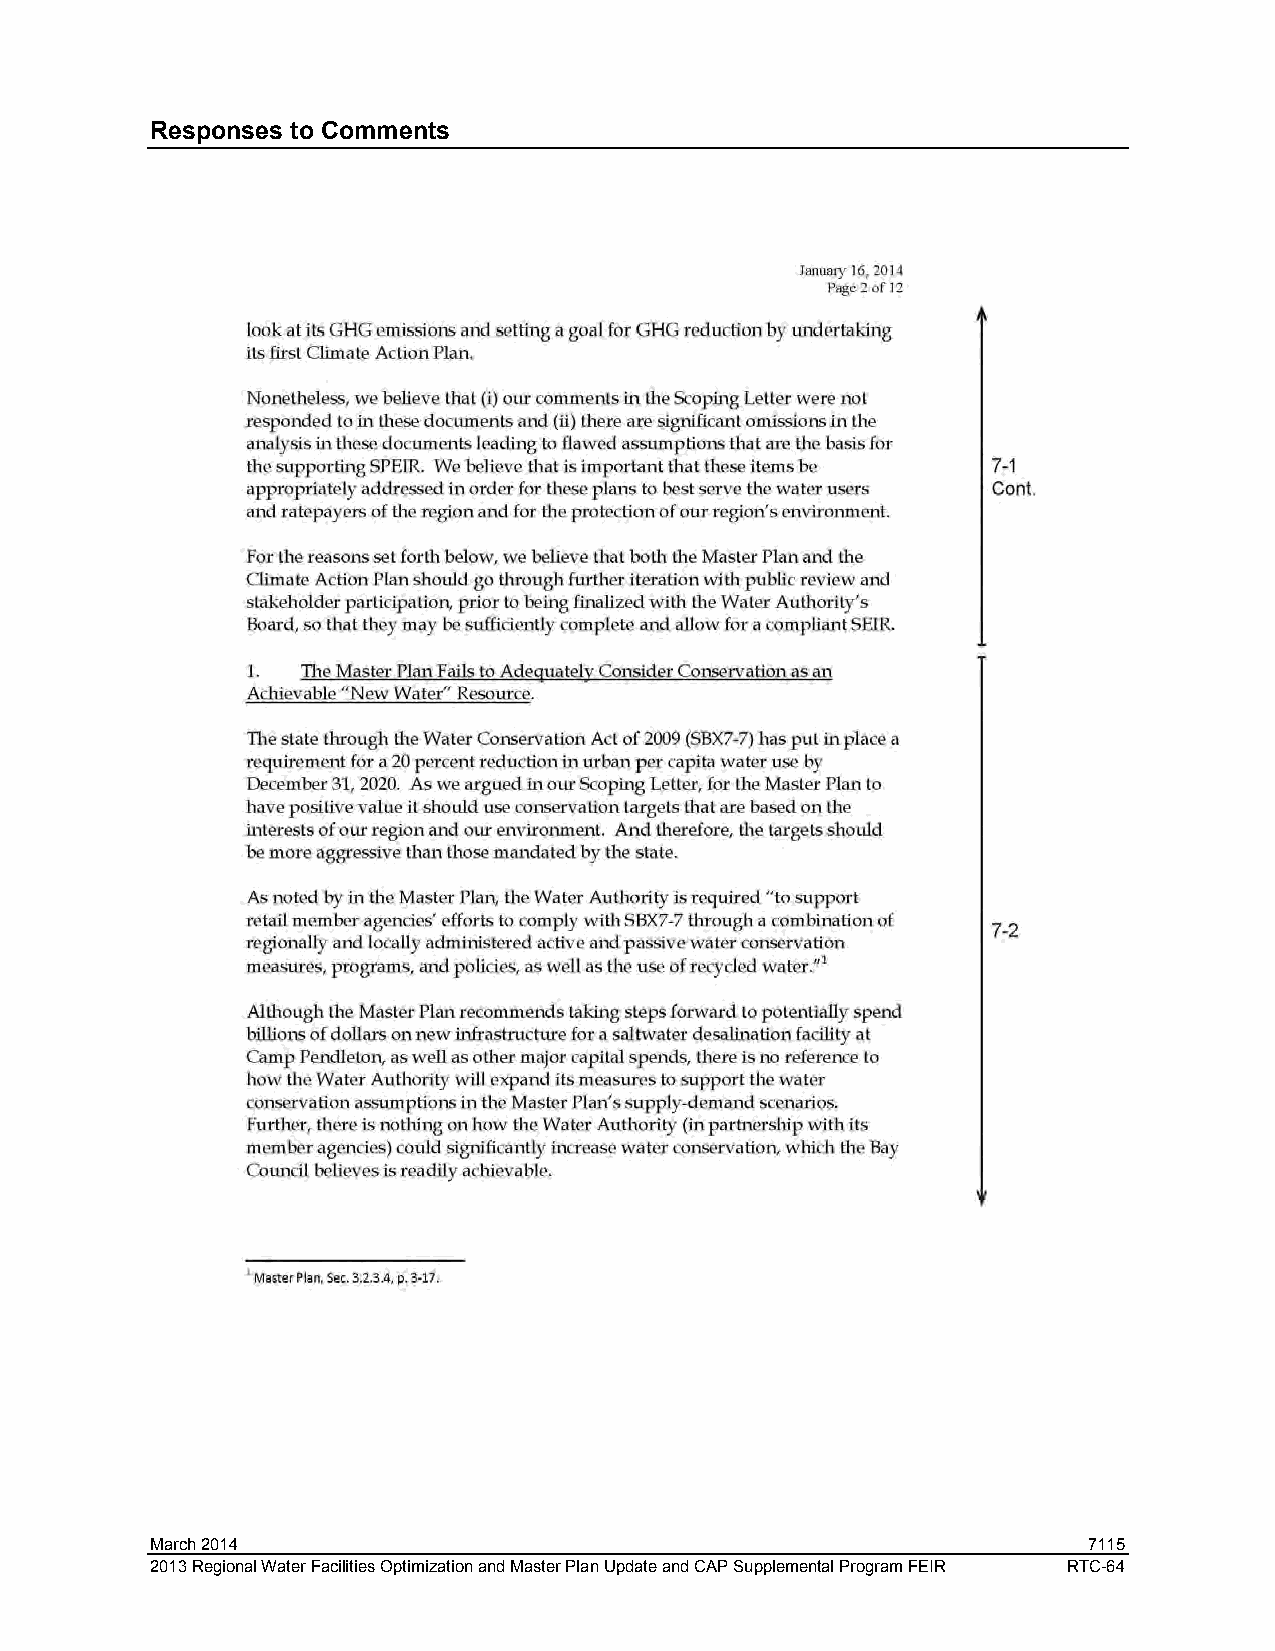
Responses to Comments
 March 2014                                                    7115
 2013 Regional Water Facilities Optimization and Master Plan Update and CAP Supplemental Program FEIR RTC-64